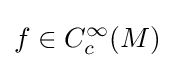
f\in C_{c}^{\infty }(M)